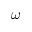
\omega